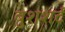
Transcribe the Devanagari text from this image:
बुशशर्ट